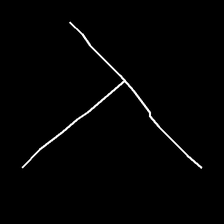
Glyph: column